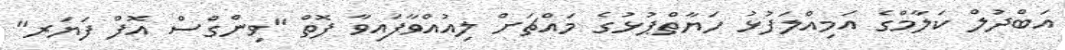
އަބްދުލް ކަލާމްގެ އަމިއްލަފުޅު ހަޔާތްޕުޅުގެ މައްޗަށް ލިއުއްވާފައިވާ ފޮތް "ވިންގްސް އޮފް ފަޔަރ"